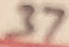
Text: 37